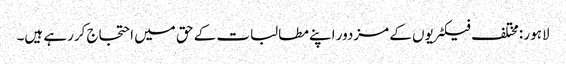
لاہور :مختلف فیکٹریوں کے مزدور اپنے مطالبات کے حق میں احتجاج کررہے ہیں۔